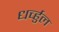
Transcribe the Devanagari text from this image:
धर्च्हुल